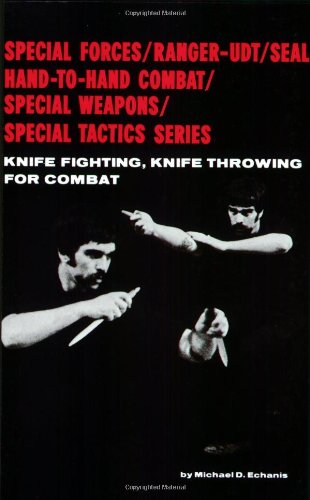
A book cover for Knife Fighting, Knife Throwing for Combat (Special Forces/Ranger-Udt/Seal Hand-To-Hand Combat/Special W); Michael D. Echanis; Sports & Outdoors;